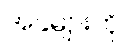
အခဲများကို